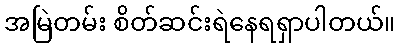
အမြဲတမ်း စိတ်ဆင်းရဲနေရရှာပါတယ်။